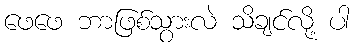
ဖေဖေ ဘာဖြစ်သွားလဲ သိချင်လို့ ပါ